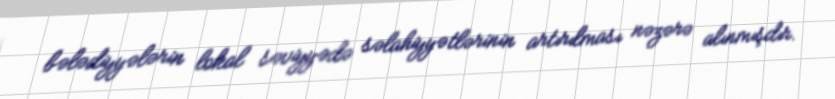
bələdiyyələrin lokal səviyyədə səlahiyyətlərinin artırılması nəzərə alınmışdır.